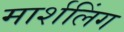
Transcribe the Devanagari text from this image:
मार्शलिंग